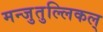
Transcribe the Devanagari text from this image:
मन्जुतुल्लिकल्